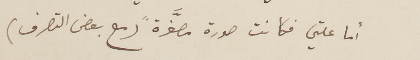
أما علتي فكانت صورة مصغًّرةً (مع بعض التصرف)